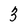
Character: 3